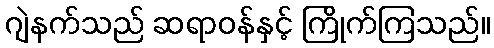
ဂျဲနက်သည် ဆရာဝန်နှင့် ကြိုက်ကြသည်။